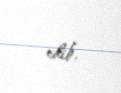
edib.